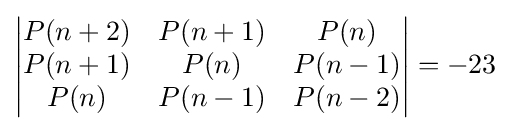
{\begin{vmatrix}P(n+2)&P(n+1)&P(n)\\P(n+1)&P(n)&P(n-1)\\P(n)&P(n-1)&P(n-2)\end{vmatrix}}=-23